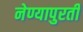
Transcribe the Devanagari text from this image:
नेण्यापुरती